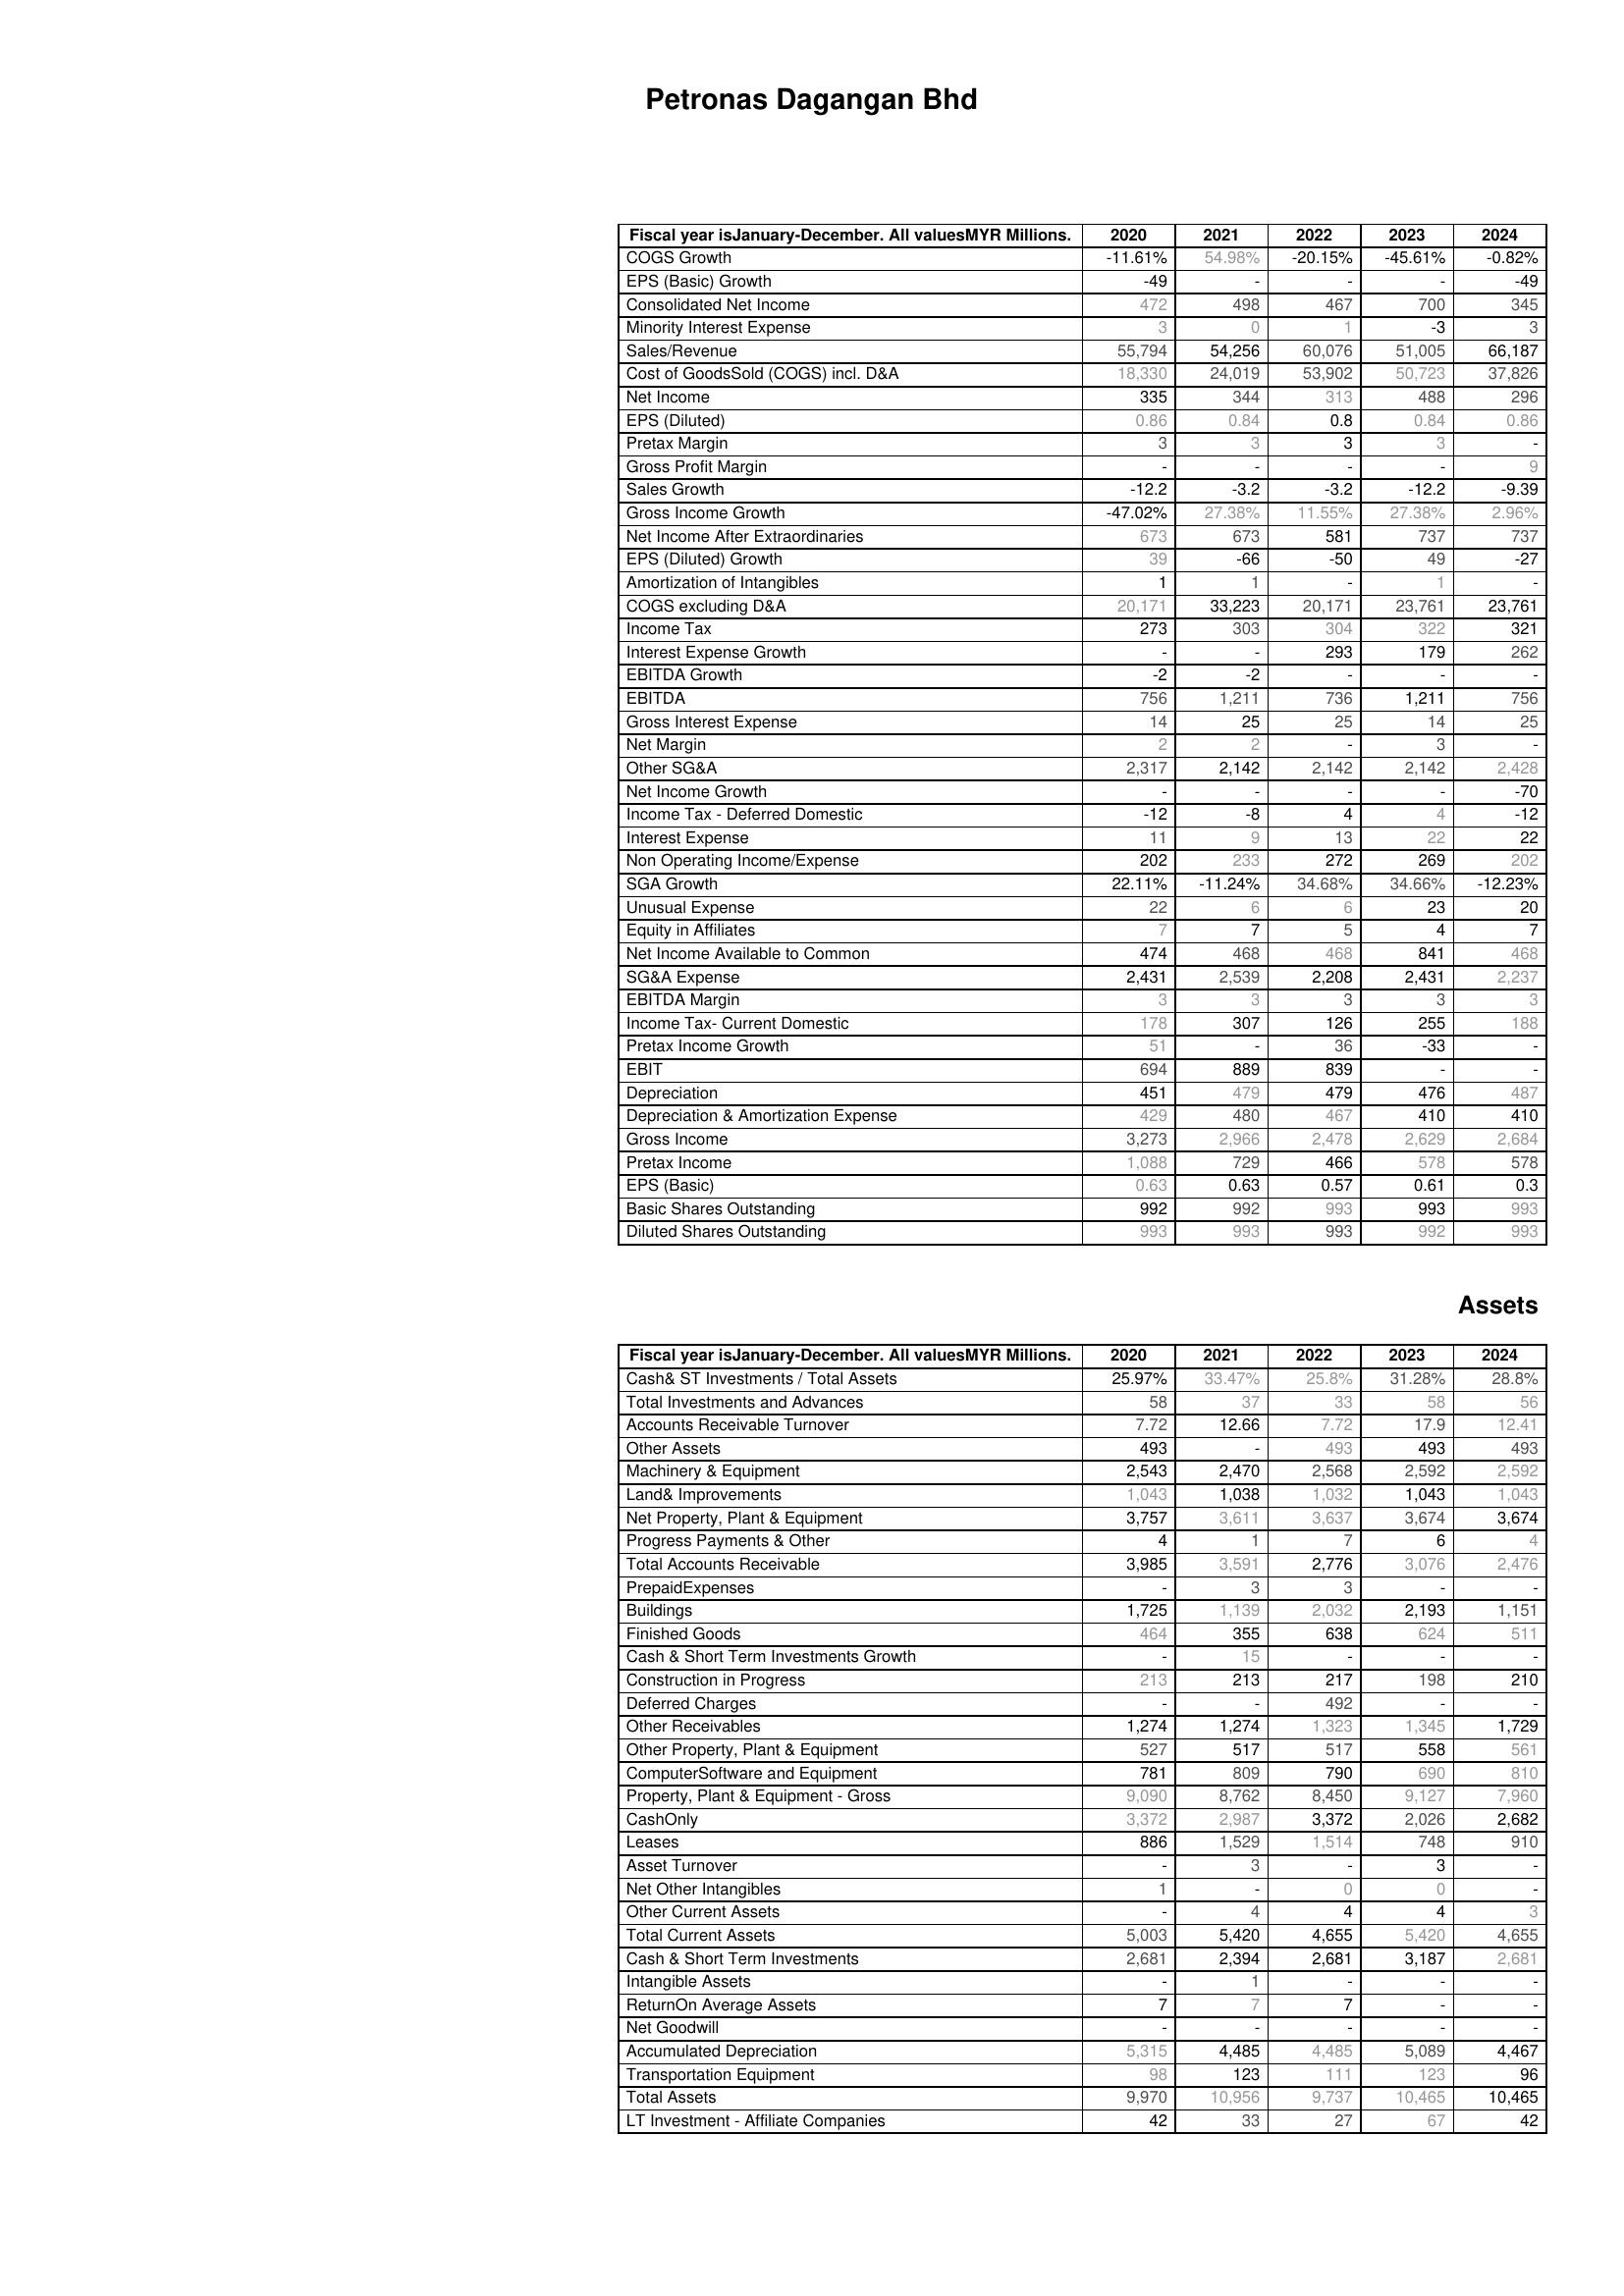
2020: : COGS Growth: -11.61%
EPS (Basic) Growth: -49
Consolidated Net Income: 472
Minority Interest Expense: 3
Sales/Revenue: 55,794
Cost of GoodsSold (COGS) incl. D&A: 18,330
Net Income: 335
EPS (Diluted): 0.86
Pretax Margin: 3
Gross Profit Margin: -
Sales Growth: -12.2
Gross Income Growth: -47.02%
Net Income After Extraordinaries: 673
EPS (Diluted) Growth: 39
Amortization of Intangibles: 1
COGS excluding D&A: 20,171
Income Tax: 273
Interest Expense Growth: -
EBITDA Growth: -2
EBITDA: 756
Gross Interest Expense: 14
Net Margin: 2
Other SG&A: 2,317
Net Income Growth: -
Income Tax - Deferred Domestic: -12
Interest Expense: 11
Non Operating Income/Expense: 202
SGA Growth: 22.11%
Unusual Expense: 22
Equity in Affiliates: 7
Net Income Available to Common: 474
SG&A Expense: 2,431
EBITDA Margin: 3
Income Tax- Current Domestic: 178
Pretax Income Growth: 51
EBIT: 694
Depreciation: 451
Depreciation & Amortization Expense: 429
Gross Income: 3,273
Pretax Income: 1,088
EPS (Basic): 0.63
Basic Shares Outstanding: 992
Diluted Shares Outstanding: 993
Assets: Cash& ST Investments / Total Assets: 25.97%
Total Investments and Advances: 58
Accounts Receivable Turnover: 7.72
Other Assets: 493
Machinery & Equipment: 2,543
Land& Improvements: 1,043
Net Property, Plant & Equipment: 3,757
Progress Payments & Other: 4
Total Accounts Receivable: 3,985
PrepaidExpenses: -
Buildings: 1,725
Finished Goods: 464
Cash & Short Term Investments Growth: -
Construction in Progress: 213
Deferred Charges: -
Other Receivables: 1,274
Other Property, Plant & Equipment: 527
ComputerSoftware and Equipment: 781
Property, Plant & Equipment - Gross : 9,090
CashOnly: 3,372
Leases: 886
Asset Turnover: -
Net Other Intangibles: 1
Other Current Assets: -
Total Current Assets: 5,003
Cash & Short Term Investments: 2,681
Intangible Assets: -
ReturnOn Average Assets: 7
Net Goodwill: -
Accumulated Depreciation: 5,315
Transportation Equipment: 98
Total Assets: 9,970
LT Investment - Affiliate Companies: 42
2021: : COGS Growth: 54.98%
EPS (Basic) Growth: -
Consolidated Net Income: 498
Minority Interest Expense: 0
Sales/Revenue: 54,256
Cost of GoodsSold (COGS) incl. D&A: 24,019
Net Income: 344
EPS (Diluted): 0.84
Pretax Margin: 3
Gross Profit Margin: -
Sales Growth: -3.2
Gross Income Growth: 27.38%
Net Income After Extraordinaries: 673
EPS (Diluted) Growth: -66
Amortization of Intangibles: 1
COGS excluding D&A: 33,223
Income Tax: 303
Interest Expense Growth: -
EBITDA Growth: -2
EBITDA: 1,211
Gross Interest Expense: 25
Net Margin: 2
Other SG&A: 2,142
Net Income Growth: -
Income Tax - Deferred Domestic: -8
Interest Expense: 9
Non Operating Income/Expense: 233
SGA Growth: -11.24%
Unusual Expense: 6
Equity in Affiliates: 7
Net Income Available to Common: 468
SG&A Expense: 2,539
EBITDA Margin: 3
Income Tax- Current Domestic: 307
Pretax Income Growth: -
EBIT: 889
Depreciation: 479
Depreciation & Amortization Expense: 480
Gross Income: 2,966
Pretax Income: 729
EPS (Basic): 0.63
Basic Shares Outstanding: 992
Diluted Shares Outstanding: 993
Assets: Cash& ST Investments / Total Assets: 33.47%
Total Investments and Advances: 37
Accounts Receivable Turnover: 12.66
Other Assets: -
Machinery & Equipment: 2,470
Land& Improvements: 1,038
Net Property, Plant & Equipment: 3,611
Progress Payments & Other: 1
Total Accounts Receivable: 3,591
PrepaidExpenses: 3
Buildings: 1,139
Finished Goods: 355
Cash & Short Term Investments Growth: 15
Construction in Progress: 213
Deferred Charges: -
Other Receivables: 1,274
Other Property, Plant & Equipment: 517
ComputerSoftware and Equipment: 809
Property, Plant & Equipment - Gross : 8,762
CashOnly: 2,987
Leases: 1,529
Asset Turnover: 3
Net Other Intangibles: -
Other Current Assets: 4
Total Current Assets: 5,420
Cash & Short Term Investments: 2,394
Intangible Assets: 1
ReturnOn Average Assets: 7
Net Goodwill: -
Accumulated Depreciation: 4,485
Transportation Equipment: 123
Total Assets: 10,956
LT Investment - Affiliate Companies: 33
2022: : COGS Growth: -20.15%
EPS (Basic) Growth: -
Consolidated Net Income: 467
Minority Interest Expense: 1
Sales/Revenue: 60,076
Cost of GoodsSold (COGS) incl. D&A: 53,902
Net Income: 313
EPS (Diluted): 0.8
Pretax Margin: 3
Gross Profit Margin: -
Sales Growth: -3.2
Gross Income Growth: 11.55%
Net Income After Extraordinaries: 581
EPS (Diluted) Growth: -50
Amortization of Intangibles: -
COGS excluding D&A: 20,171
Income Tax: 304
Interest Expense Growth: 293
EBITDA Growth: -
EBITDA: 736
Gross Interest Expense: 25
Net Margin: -
Other SG&A: 2,142
Net Income Growth: -
Income Tax - Deferred Domestic: 4
Interest Expense: 13
Non Operating Income/Expense: 272
SGA Growth: 34.68%
Unusual Expense: 6
Equity in Affiliates: 5
Net Income Available to Common: 468
SG&A Expense: 2,208
EBITDA Margin: 3
Income Tax- Current Domestic: 126
Pretax Income Growth: 36
EBIT: 839
Depreciation: 479
Depreciation & Amortization Expense: 467
Gross Income: 2,478
Pretax Income: 466
EPS (Basic): 0.57
Basic Shares Outstanding: 993
Diluted Shares Outstanding: 993
Assets: Cash& ST Investments / Total Assets: 25.8%
Total Investments and Advances: 33
Accounts Receivable Turnover: 7.72
Other Assets: 493
Machinery & Equipment: 2,568
Land& Improvements: 1,032
Net Property, Plant & Equipment: 3,637
Progress Payments & Other: 7
Total Accounts Receivable: 2,776
PrepaidExpenses: 3
Buildings: 2,032
Finished Goods: 638
Cash & Short Term Investments Growth: -
Construction in Progress: 217
Deferred Charges: 492
Other Receivables: 1,323
Other Property, Plant & Equipment: 517
ComputerSoftware and Equipment: 790
Property, Plant & Equipment - Gross : 8,450
CashOnly: 3,372
Leases: 1,514
Asset Turnover: -
Net Other Intangibles: 0
Other Current Assets: 4
Total Current Assets: 4,655
Cash & Short Term Investments: 2,681
Intangible Assets: -
ReturnOn Average Assets: 7
Net Goodwill: -
Accumulated Depreciation: 4,485
Transportation Equipment: 111
Total Assets: 9,737
LT Investment - Affiliate Companies: 27
2023: : COGS Growth: -45.61%
EPS (Basic) Growth: -
Consolidated Net Income: 700
Minority Interest Expense: -3
Sales/Revenue: 51,005
Cost of GoodsSold (COGS) incl. D&A: 50,723
Net Income: 488
EPS (Diluted): 0.84
Pretax Margin: 3
Gross Profit Margin: -
Sales Growth: -12.2
Gross Income Growth: 27.38%
Net Income After Extraordinaries: 737
EPS (Diluted) Growth: 49
Amortization of Intangibles: 1
COGS excluding D&A: 23,761
Income Tax: 322
Interest Expense Growth: 179
EBITDA Growth: -
EBITDA: 1,211
Gross Interest Expense: 14
Net Margin: 3
Other SG&A: 2,142
Net Income Growth: -
Income Tax - Deferred Domestic: 4
Interest Expense: 22
Non Operating Income/Expense: 269
SGA Growth: 34.66%
Unusual Expense: 23
Equity in Affiliates: 4
Net Income Available to Common: 841
SG&A Expense: 2,431
EBITDA Margin: 3
Income Tax- Current Domestic: 255
Pretax Income Growth: -33
EBIT: -
Depreciation: 476
Depreciation & Amortization Expense: 410
Gross Income: 2,629
Pretax Income: 578
EPS (Basic): 0.61
Basic Shares Outstanding: 993
Diluted Shares Outstanding: 992
Assets: Cash& ST Investments / Total Assets: 31.28%
Total Investments and Advances: 58
Accounts Receivable Turnover: 17.9
Other Assets: 493
Machinery & Equipment: 2,592
Land& Improvements: 1,043
Net Property, Plant & Equipment: 3,674
Progress Payments & Other: 6
Total Accounts Receivable: 3,076
PrepaidExpenses: -
Buildings: 2,193
Finished Goods: 624
Cash & Short Term Investments Growth: -
Construction in Progress: 198
Deferred Charges: -
Other Receivables: 1,345
Other Property, Plant & Equipment: 558
ComputerSoftware and Equipment: 690
Property, Plant & Equipment - Gross : 9,127
CashOnly: 2,026
Leases: 748
Asset Turnover: 3
Net Other Intangibles: 0
Other Current Assets: 4
Total Current Assets: 5,420
Cash & Short Term Investments: 3,187
Intangible Assets: -
ReturnOn Average Assets: -
Net Goodwill: -
Accumulated Depreciation: 5,089
Transportation Equipment: 123
Total Assets: 10,465
LT Investment - Affiliate Companies: 67
2024: : COGS Growth: -0.82%
EPS (Basic) Growth: -49
Consolidated Net Income: 345
Minority Interest Expense: 3
Sales/Revenue: 66,187
Cost of GoodsSold (COGS) incl. D&A: 37,826
Net Income: 296
EPS (Diluted): 0.86
Pretax Margin: -
Gross Profit Margin: 9
Sales Growth: -9.39
Gross Income Growth: 2.96%
Net Income After Extraordinaries: 737
EPS (Diluted) Growth: -27
Amortization of Intangibles: -
COGS excluding D&A: 23,761
Income Tax: 321
Interest Expense Growth: 262
EBITDA Growth: -
EBITDA: 756
Gross Interest Expense: 25
Net Margin: -
Other SG&A: 2,428
Net Income Growth: -70
Income Tax - Deferred Domestic: -12
Interest Expense: 22
Non Operating Income/Expense: 202
SGA Growth: -12.23%
Unusual Expense: 20
Equity in Affiliates: 7
Net Income Available to Common: 468
SG&A Expense: 2,237
EBITDA Margin: 3
Income Tax- Current Domestic: 188
Pretax Income Growth: -
EBIT: -
Depreciation: 487
Depreciation & Amortization Expense: 410
Gross Income: 2,684
Pretax Income: 578
EPS (Basic): 0.3
Basic Shares Outstanding: 993
Diluted Shares Outstanding: 993
Assets: Cash& ST Investments / Total Assets: 28.8%
Total Investments and Advances: 56
Accounts Receivable Turnover: 12.41
Other Assets: 493
Machinery & Equipment: 2,592
Land& Improvements: 1,043
Net Property, Plant & Equipment: 3,674
Progress Payments & Other: 4
Total Accounts Receivable: 2,476
PrepaidExpenses: -
Buildings: 1,151
Finished Goods: 511
Cash & Short Term Investments Growth: -
Construction in Progress: 210
Deferred Charges: -
Other Receivables: 1,729
Other Property, Plant & Equipment: 561
ComputerSoftware and Equipment: 810
Property, Plant & Equipment - Gross : 7,960
CashOnly: 2,682
Leases: 910
Asset Turnover: -
Net Other Intangibles: -
Other Current Assets: 3
Total Current Assets: 4,655
Cash & Short Term Investments: 2,681
Intangible Assets: -
ReturnOn Average Assets: -
Net Goodwill: -
Accumulated Depreciation: 4,467
Transportation Equipment: 96
Total Assets: 10,465
LT Investment - Affiliate Companies: 42